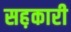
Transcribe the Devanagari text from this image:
सह़कारी